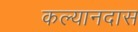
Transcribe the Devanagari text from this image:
कल्यानदास